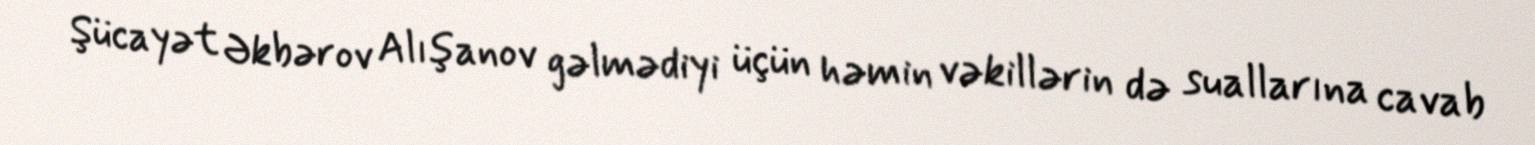
Şücayət Əkbərov Alışanov gəlmədiyi üçün həmin vəkillərin də suallarına cavab